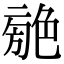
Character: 𦫣